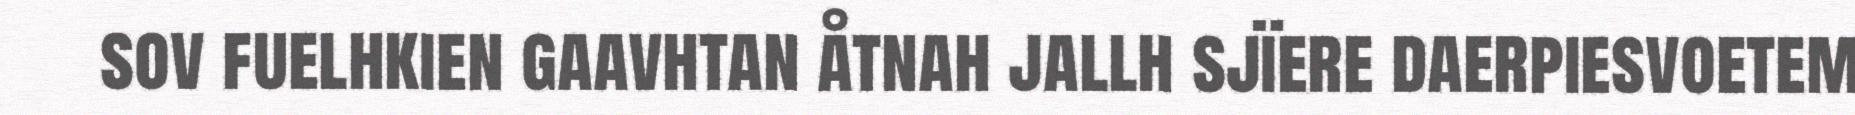
sov fuelhkien gaavhtan åtnah jallh sjïere daerpiesvoetem